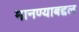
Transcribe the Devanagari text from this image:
मानण्याबद्दल